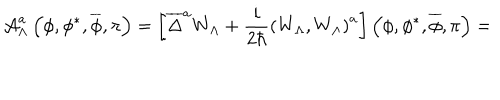
LaTeX: { \cal A } _ { \Lambda } ^ { a } \left( \phi , \phi ^ { * } , \overline { { { \phi } } } , \pi \right) = \left[ \overline { { { \Delta } } } ^ { a } W _ { \Lambda } + \frac i { 2 \hbar } \left( W _ { \Lambda } , W _ { \Lambda } \right) ^ { a } \right] \left( \phi , \phi ^ { * } , \overline { { { \phi } } } , \pi \right) =